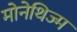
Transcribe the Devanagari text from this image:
मोनेथिज्म